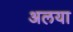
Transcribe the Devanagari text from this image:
अलया